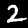
Label: 2